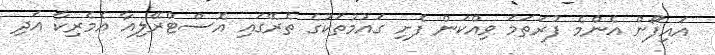
އައިފޯން އެންމެ ފުރަތަމަ ވިއްކަން ފެށި ގައުމުތަކުގެ ތެރޭގައި އޮސްޓްރޭލިއާ އެމެރިކާ އަދި